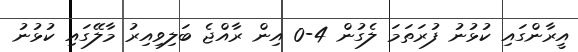
އީރާންގައި ކުޅުނު ފުރަތަމަ ލެގުން 4-0 އިން ރާއްޖެ ބަލިވިއިރު މާލޭގައި ކުޅުނު